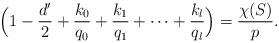
LaTeX: \begin{align*}\Big(1-\frac{d^\prime}{2}+\frac{k_0}{q_0}+\frac{k_1}{q_1}+ \dots +\frac{k_l}{q_l}\Big)=\frac{\chi(S)}{p}. \end{align*}